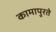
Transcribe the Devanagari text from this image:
कामापुरते